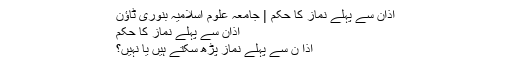
اذان سے پہلے نماز کا حکم | جامعہ علوم اسلامیہ بنوری ٹاؤن
اذان سے پہلے نماز کا حکم
اذا ن سے پہلے نماز پڑھ سکتے ہیں یا نہیں؟